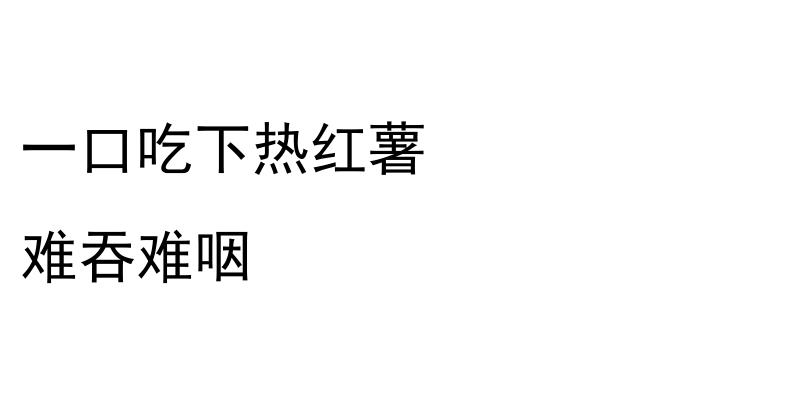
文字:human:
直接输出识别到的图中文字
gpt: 一口吃下热红薯 难吞难咽